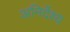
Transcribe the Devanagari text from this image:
अनिर्देश्य